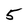
Character: 5